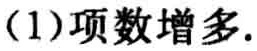
(1)项数增多.